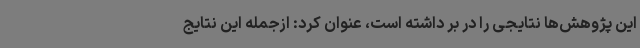
این پژوهش‌ها نتایجی را در بر داشته است، عنوان کرد: ازجمله این نتایج